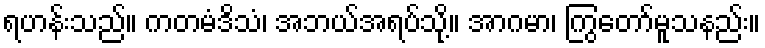
ရဟန်းသည်။ ကတမံဒိသံ၊ အဘယ်အရပ်သို့။ အာဂမာ၊ ကြွတော်မူသနည်း။